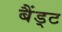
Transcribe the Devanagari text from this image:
बैंड्ट